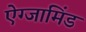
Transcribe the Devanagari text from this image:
ऐग्जामिंड